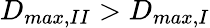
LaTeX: D_{max,II}>D_{max,I}